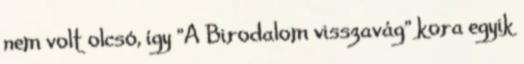
nem volt olcsó, így "A Birodalom visszavág" kora egyik